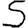
Digit: 5